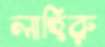
লাহিরু